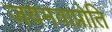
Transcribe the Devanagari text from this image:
जयमवाप्नोति